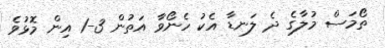
ތޯމަސް މުލާގެ ދެ ލަނޑާ އެކު ހެނޯވާ އަތުން 3-1 އިން މޮޅުވެ